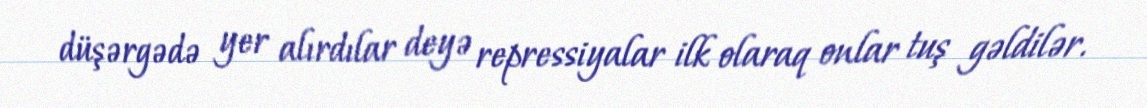
düşərgədə yer alırdılar deyə repressiyalar ilk olaraq onlar tuş gəldilər.